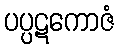
ပပ္ပဋကောဇံ